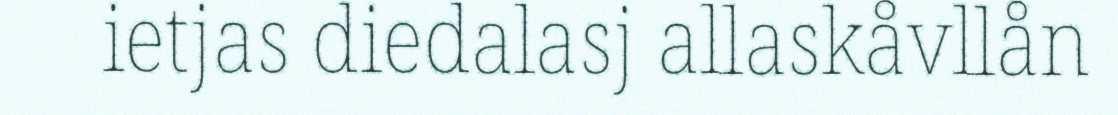
ietjas diedalasj allaskåvllån